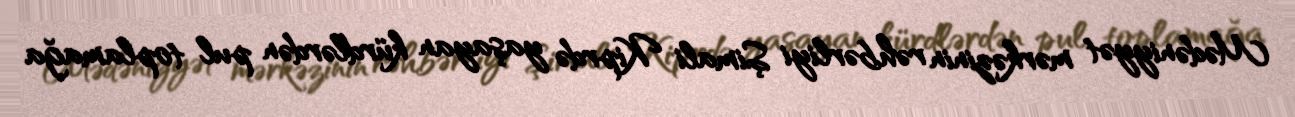
Mədəniyyət mərkəzinin rəhbərliyi Şimali Kiprdə yaşayan kürdlərdən pul toplamağa